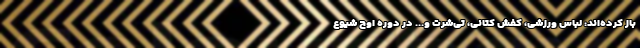
باز کرده‌اند: لباس ورزشی، کفش کتانی، تی‌شرت و... در دوره اوج شیوع